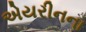
એયરીનના